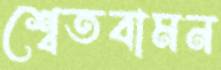
শ্বেতবামন